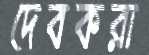
দেবকরা